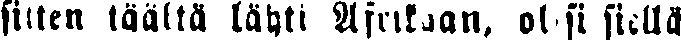
sillen täältä lähti Afrikaan. olisi siellä